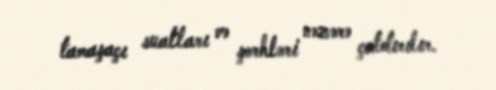
tamaşaçı sualları və şərhləri nəzərə çatdırılır.